Report of the Indian Hemp Drugs Commission, 1894-1895 - Volume IV
Year: 1894
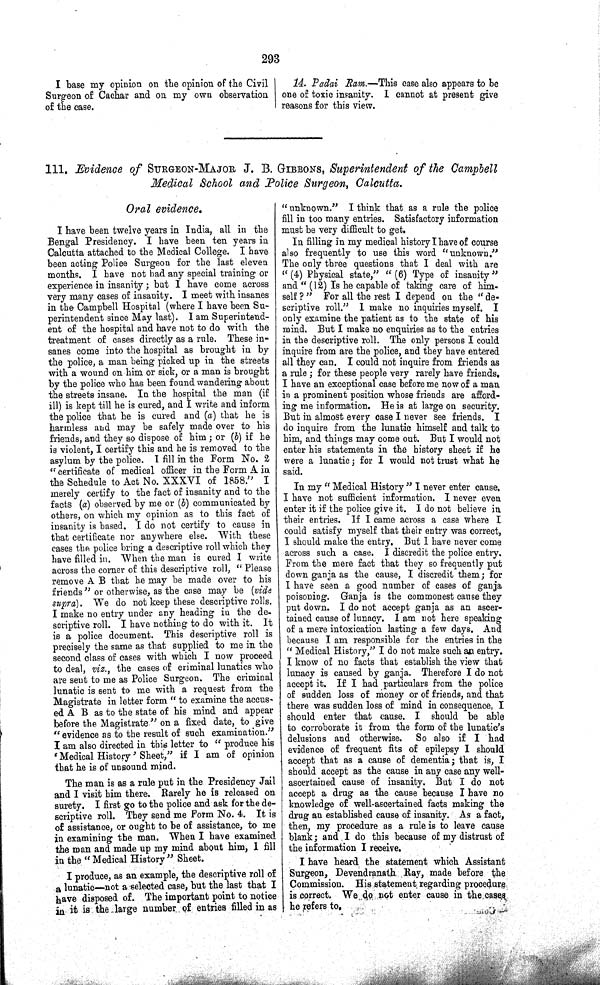
293
I base my opinion on the opinion of the Civil
Surgeon of Cachar and on my own observation
of the case.
14. Padai Ram.—This case also appears to be
one of toxic insanity. I cannot at present give
reasons for this view.
111. Evidence of SURGEON-MAJOR J. B. GIBBONS, Superintendent of the Campbell
Medical School and Police Surgeon, Calcutta.
Oral evidence.
I have been twelve years in India, all in the
Bengal Presidency. I have been ten years in
Calcutta attached to the Medical College. I have
been acting Police Surgeon for the last eleven
months. I have not had any special training or
experience in insanity; but I have come across
very many cases of insanity. I meet with insanes
in the Campbell Hospital (where I have been Su-
perintendent since May last). I am Superintend-
ent of the hospital and have not to do with the
treatment of cases directly as a rule. These in-
sanes come into the hospital as brought in by
the police, a man being picked up in the streets
with a wound on him or sick, or a man is brought
by the police who has been found wandering about
the streets insane. In the hospital the man (if
ill) is kept till he is cured, and I write and inform
the police that he is cured and (a) that he is
harmless and may be safely made over to his
friends, and they so dispose of him; or (b) if he
is violent, I certify this and he is removed to the
asylum by the police. I fill in the Form No. 2
"certificate of medical officer in the Form A in
the Schedule to Act No. XXXVI of 1858." I
merely certify to the fact of insanity and to the
facts (a) observed by me or (b) communicated by
others, on which my opinion as to this fact of
insanity is based. I do not certify to cause in
that certificate nor anywhere else. With these
cases the police bring a descriptive roll which they
have filled in. When the man is cured I write
across the corner of this descriptive roll, "Please
remove A B that he may be made over to his
friends" or otherwise, as the case may be (vide
supra). We do not keep these descriptive rolls.
I make no entry under any heading in the de-
scriptive roll. I have nothing to do with it. It
is a police document. This descriptive roll is
precisely the same as that supplied to me in the
second class of cases with which I now proceed
to deal, viz., the cases of criminal lunatics who
are sent to me as Police Surgeon. The criminal
lunatic is sent to me with a request from the
Magistrate in letter form "to examine the accus-
ed A B as to the state of his mind and appear
before the Magistrate" on a fixed date, to give
"evidence as to the result of such examination."
I am also directed in this letter to "produce his
'Medical History' Sheet," if I am of opinion
that he is of unsound mind.
The man is as a rule put in the Presidency Jail
and I visit him there. Rarely he is released on
surety. I first go to the police and ask for the de-
scriptive roll. They send me Form No. 4. It is
of assistance, or ought to be of assistance, to me
in examining the man. When I have examined
the man and made up my mind about him, I fill
in the "Medical History" Sheet.
I produce, as an example, the descriptive roll of
a lunatic—not a selected case, but the last that I
have disposed of. The important point to notice
in it is the large number of entries filled in as
"unknown." I think that as a rule the police
fill in too many entries. Satisfactory information
must be very difficult to get.
In filling in my medical history I have of course
also frequently to use this word "unknown."
The only three questions that I deal with are
"(4) Physical state," "(6) Type of insanity"
and "(12) Is he capable of taking care of him-
self ?" For all the rest I depend on the "de-
scriptive roll." I make no inquiries myself. I
only examine the patient as to the state of his
mind. But I make no enquiries as to the entries
in the descriptive roll. The only persons I could
inquire from are the police, and they have entered
all they can. I could not inquire from friends as
a rule; for these people very rarely have friends.
I have an exceptional case before me now of a man
in a prominent position whose friends are afford-
ing me information. He is at large on security.
But in almost every case I never see friends. I
do inquire from the lunatic himself and talk to
him, and things may come out. But I would not
enter his statements in the history sheet if he
were a lunatic; for I would not trust what he
said.
In my "Medical History" I never enter cause.
I have not sufficient information. I never even
enter it if the police give it. I do not believe in
their entries. If I came across a case where I
could satisfy myself that their entry was correct,
I should make the entry. But I have never come
across such a case. I discredit the police entry.
From the mere fact that they so frequently put
down ganja as the cause, I discredit them; for
I have seen a good number of cases of ganja
poisoning. Ganja is the commonest cause they
put down. I do not accept ganja as an ascer-
tained cause of lunacy. I am not here speaking
of a mere intoxication lasting a few days. And
because I am responsible for the entries in the
"Medical History," I do not make such an entry.
I know of no facts that establish the view that
lunacy is caused by ganja. Therefore I do not
accept it. If I had particulars from the police
of sudden loss of money or of friends, and that
there was sudden loss of mind in consequence, I
should enter that cause. I should be able
to corroborate it from the form of the lunatic's
delusions and otherwise.
So also if I had
evidence of frequent fits of epilepsy I should
accept that as a cause of dementia; that is, I
should accept as the cause in any case any well-
ascertained cause of insanity. But I do not
accept a drug as the cause because I have no
knowledge of well-ascertained facts making the
drug an established cause of insanity. As a fact,
then, my procedure as a rule is to leave cause
blank; and I do this because of my distrust of
the information I receive.
I have heard the statement which Assistant
Surgeon, Devendranath Ray, made before the
Commission. His statement regarding procedure
is correct. We do not enter cause in the cases
he refers to.